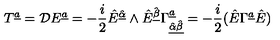
T ^ { { \underline { a } } } = { \cal D } E ^ { { \underline { a } } } = - { \frac { i } { 2 } } \hat { E } ^ { \hat { \underline { \alpha } } } \wedge \hat { E } ^ { \hat { \underline { \beta } } } \Gamma _ { { \underline { { \hat { \alpha } \hat { \beta } } } } } ^ { { \underline { a } } } = - { \frac { i } { 2 } } ( \hat { E } \Gamma ^ { { \underline { a } } } \hat { E } )